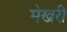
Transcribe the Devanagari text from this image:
मेखरी